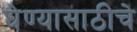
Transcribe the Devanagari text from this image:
घेण्यासाठीचे